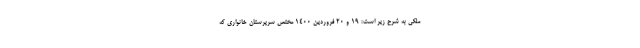
ملکی به شرح زیر است: ۱۹ و ۲۰ فروردین ۱۴۰۰ مختص سرپرستان خانواری که